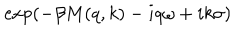
\exp \left( - \beta M ( q , k ) - i q \omega + i k \sigma \right)